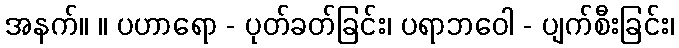
အနက်။ ။ ပဟာရော - ပုတ်ခတ်ခြင်း၊ ပရာဘဝေါ - ပျက်စီးခြင်း၊